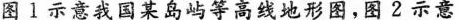
图1示意我国某岛屿等高线地形图，图2示意